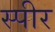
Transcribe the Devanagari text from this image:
स्पीर